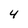
Character: 4